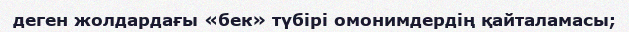
деген жолдардағы «бек» түбірі омонимдердің қайталамасы;